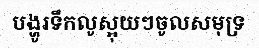
បង្ហូរទឹកលូស្អុយៗចូលសមុទ្រ